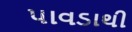
પાવડાથી